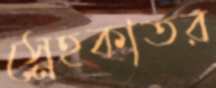
স্নেহকাতর